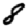
Digit: 8